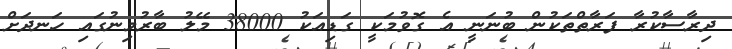
ދިރާސާކުރާ ފަރާތްތަކުން ބުނަނީ އެ ގޮވުމަކީ ގަޑިއަކު 38000 މޭލު ބާރުމިނުގައި ހަނދަށް